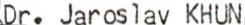
Dr. Jaroslav KHUN